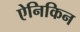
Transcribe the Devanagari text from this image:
ऐनिकिन